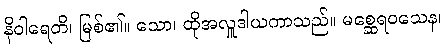
နိဝါရေတိ၊ မြစ်၏။ သော၊ ထိုအလှူဒါယကာသည်။ မစ္ဆေရဝသေန၊